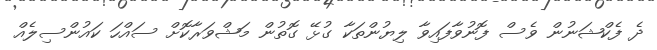
ދެ ފެކްޝަނުން ވެސް ފޮނުވާފައިވާ ލިޔުންތަކާ ގުޅޭ ގޮތުން މަޝްވަރާކޮށް ސައްހަ ކައުންސިލެއް